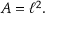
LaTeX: A = \ell ^ { 2 } .